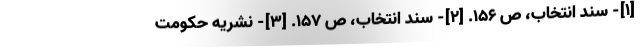
[۱]- سند انتخاب، ص ۱۵۶. [۲]- سند انتخاب، ص ۱۵۷. [۳]- نشریه حکومت